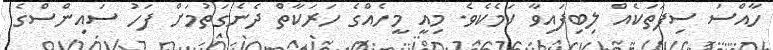
ހާއްސަ ސިފަތަކެއް ލިބިފައިވާ ކަމެކެވެ. މިއީ މީހެއްގެ ހަރަކާތް ދެނެގަތުމަށް ފަހު ސައިންސްގެ